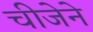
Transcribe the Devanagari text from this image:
चीजेने